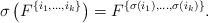
LaTeX: \begin{align*}\sigma \left( F^{\{i_{1},\ldots,i_{k}\}} \right) = F^{\{ \sigma(i_{1}),\ldots,\sigma(i_{k}) \}}.\end{align*}